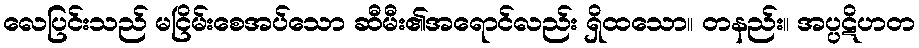
လေပြင်းသည် မငြိမ်းစေအပ်သော ဆီမီး၏အရောင်လည်း ရှိထသော။ တနည်း။ အပ္ပဋိဟတ